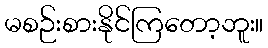
မစဉ်းစားနိုင်ကြတော့ဘူး။